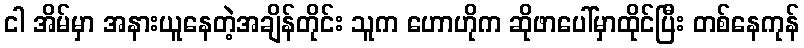
ငါ အိမ်မှာ အနားယူနေတဲ့အချိန်တိုင်း သူက ဟောဟိုက ဆိုဖာပေါ်မှာထိုင်ပြီး တစ်နေကုန်